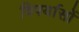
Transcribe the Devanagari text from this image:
विपर्यासों